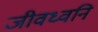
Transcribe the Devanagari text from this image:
जीवध्वनि